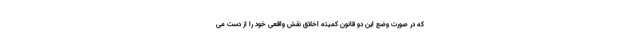
که در صورت وضع این دو قانون کمیته اخلاق نقش واقعی خود را از دست می